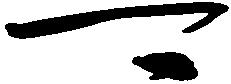
可